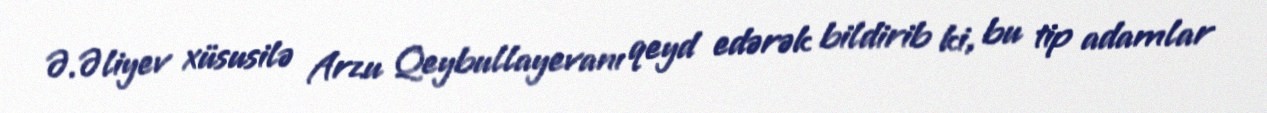
Ə.Əliyev xüsusilə Arzu Qeybullayevanı qeyd edərək bildirib ki, bu tip adamlar